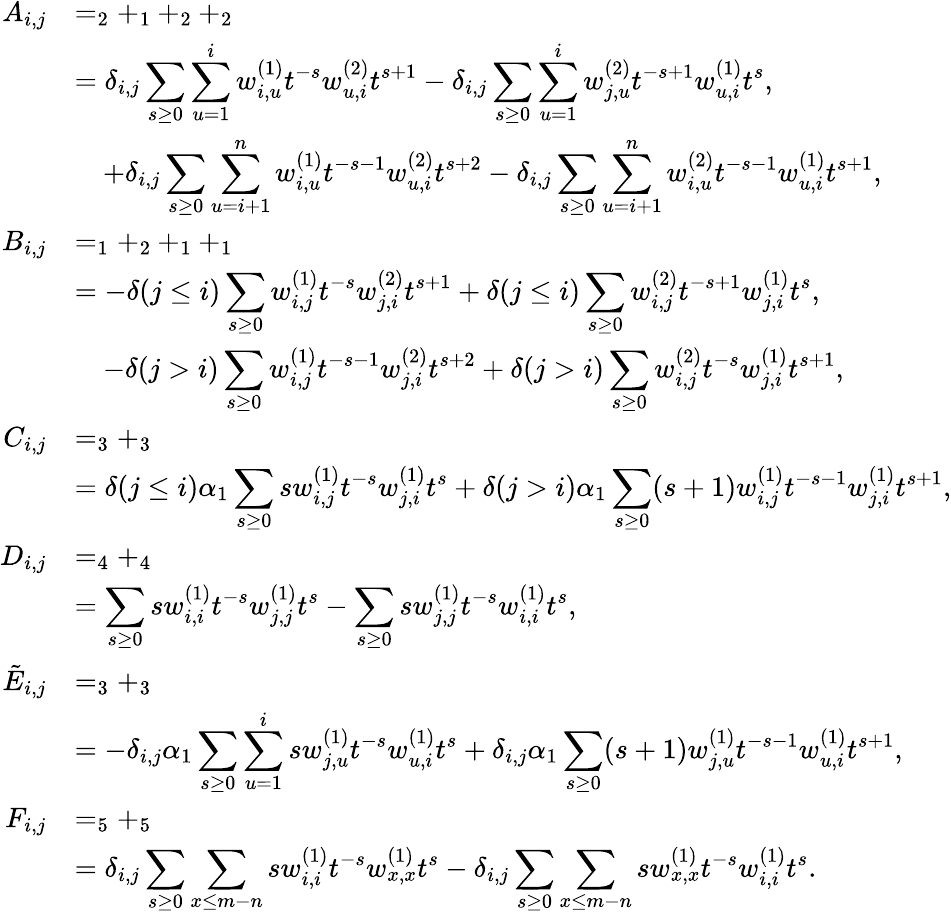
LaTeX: \begin{array}{rl}{A_{i,j}}&{=_{2}+_{1}+_{2}+_{2}}\\ &{=\delta_{i,j}\displaystyle\sum_{s\geq 0}\sum_{u=1}^{i}w_{i,u}^{(1)}t^{-s}w_{u,i}^{(2)}t^{s+1}-\delta_{i,j}\displaystyle\sum_{s\geq 0}\sum_{u=1}^{i}w_{j,u}^{(2)}t^{-s+1}w_{u,i}^{(1)}t^{s},}\\ &{\quad+\delta_{i,j}\displaystyle\sum_{s\geq 0}\sum_{u=i+1}^{n}w_{i,u}^{(1)}t^{-s-1}w_{u,i}^{(2)}t^{s+2}-\delta_{i,j}\displaystyle\sum_{s\geq 0}\sum_{u=i+1}^{n}w_{i,u}^{(2)}t^{-s-1}w_{u,i}^{(1)}t^{s+1},}\\ {B_{i,j}}&{=_{1}+_{2}+_{1}+_{1}}\\ &{=-\delta(j\leq i)\displaystyle\sum_{s\geq 0}w_{i,j}^{(1)}t^{-s}w_{j,i}^{(2)}t^{s+1}+\delta(j\leq i)\displaystyle\sum_{s\geq 0}w_{i,j}^{(2)}t^{-s+1}w_{j,i}^{(1)}t^{s},}\\ &{\quad-\delta(j>i)\displaystyle\sum_{s\geq 0}w_{i,j}^{(1)}t^{-s-1}w_{j,i}^{(2)}t^{s+2}+\delta(j>i)\displaystyle\sum_{s\geq 0}w_{i,j}^{(2)}t^{-s}w_{j,i}^{(1)}t^{s+1},}\\ {C_{i,j}}&{=_{3}+_{3}}\\ &{=\delta(j\leq i)\alpha_{1}\displaystyle\sum_{s\geq 0}sw_{i,j}^{(1)}t^{-s}w_{j,i}^{(1)}t^{s}+\delta(j>i)\alpha_{1}\displaystyle\sum_{s\geq 0}(s+1)w_{i,j}^{(1)}t^{-s-1}w_{j,i}^{(1)}t^{s+1},}\\ {D_{i,j}}&{=_{4}+_{4}}\\ &{=\displaystyle\sum_{s\geq 0}sw_{i,i}^{(1)}t^{-s}w_{j,j}^{(1)}t^{s}-\displaystyle\sum_{s\geq 0}sw_{j,j}^{(1)}t^{-s}w_{i,i}^{(1)}t^{s},}\\ {\tilde{E}_{i,j}}&{=_{3}+_{3}}\\ &{=-\delta_{i,j}\alpha_{1}\displaystyle\sum_{s\geq 0}\sum_{u=1}^{i}sw_{j,u}^{(1)}t^{-s}w_{u,i}^{(1)}t^{s}+\delta_{i,j}\alpha_{1}\displaystyle\sum_{s\geq 0}(s+1)w_{j,u}^{(1)}t^{-s-1}w_{u,i}^{(1)}t^{s+1},}\\ {F_{i,j}}&{=_{5}+_{5}}\\ &{=\delta_{i,j}\displaystyle\sum_{s\geq 0}\sum_{x\leq m-n}sw_{i,i}^{(1)}t^{-s}w_{x,x}^{(1)}t^{s}-\delta_{i,j}\displaystyle\sum_{s\geq 0}\sum_{x\leq m-n}sw_{x,x}^{(1)}t^{-s}w_{i,i}^{(1)}t^{s}.}\end{array}